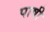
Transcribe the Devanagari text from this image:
पाषी